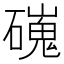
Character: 䃬